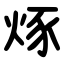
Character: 烼